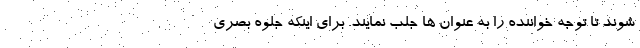
شوند تا توجه خواننده را به عنوان ها جلب نمایند. برای اینکه جلوه بصری